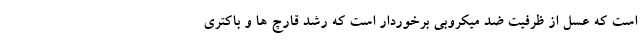
است که عسل از ظرفیت ضد میکروبی برخوردار است که رشد قارچ ها و باکتری